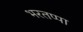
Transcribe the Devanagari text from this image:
भरतप्पा